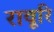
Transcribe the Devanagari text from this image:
रावूरि